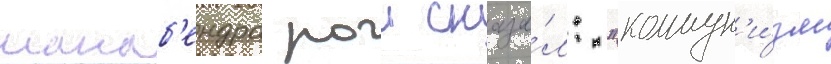
манаб'ендра рои сказа́л: "коммун'и́зм